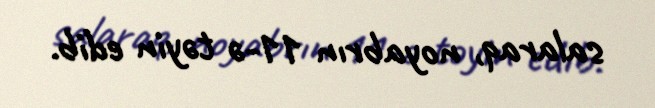
salaraq, noyabrın 11-ə təyin edib.